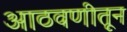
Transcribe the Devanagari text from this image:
आठवणीतून